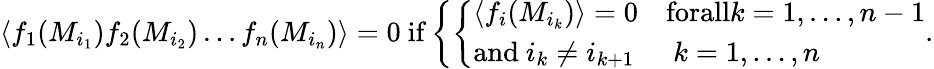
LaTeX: \langle f_{1}(M_{i_{1}})f_{2}(M_{i_{2}})\dots f_{n}(M_{i_{n}})\rangle=0\ \mathrm{if}\left\{ \left\{ \begin{array}{ll}{{\langle f_{i}(M_{i_{k}})\rangle=0}}&{{\mathrm{forall}k=1,\dots,n-1}}\\ {{\mathrm{and}\ i_{k}\neq i_{k+1}}}&{{\ k=1,\dots,n}}\end{array}\right.\right..